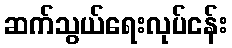
ဆက်သွယ်ရေးလုပ်ငန်း